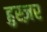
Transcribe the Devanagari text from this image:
हुस्ज़र